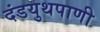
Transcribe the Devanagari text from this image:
दंडयुथपाणी